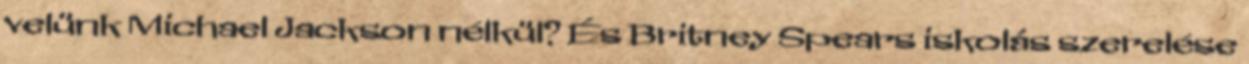
velünk Michael Jackson nélkül? És Britney Spears iskolás szerelése